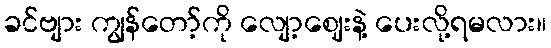
ခင်ဗျား ကျွန်တော့်ကို လျော့ဈေးနဲ့ ပေးလို့ရမလား။